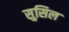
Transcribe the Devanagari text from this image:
सुसिल